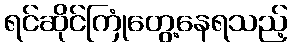
ရင်ဆိုင်ကြုံတွေ့နေရသည့်